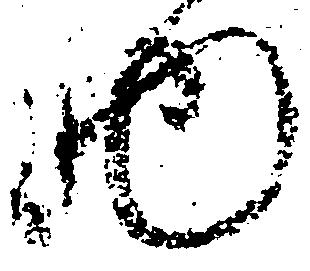
物